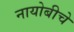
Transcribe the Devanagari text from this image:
नायोबीचे